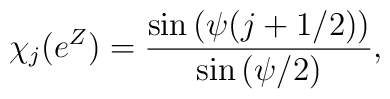
\chi_j(e^Z) = {\sin{(\psi(j+1/2))}\over\sin{(\psi/2)}},